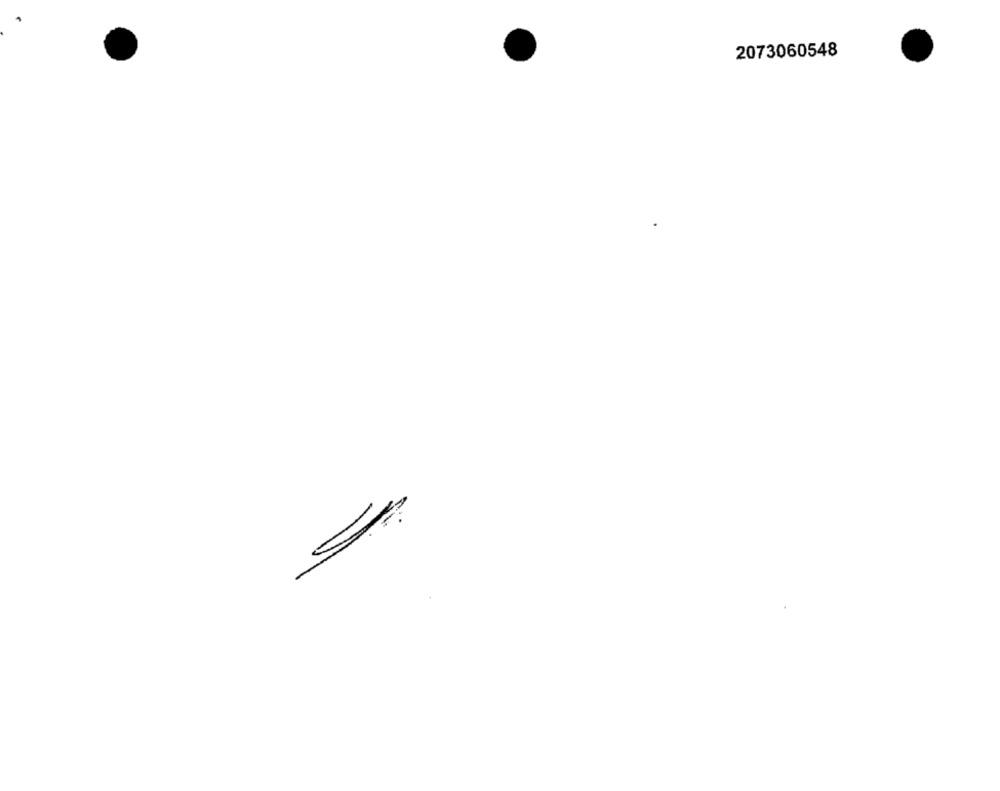
2073060548